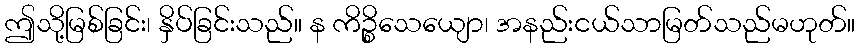
ဤသို့မြစ်ခြင်း၊ နှိပ်ခြင်းသည်။ န ကိဉ္စိသေယျော၊ အနည်းငယ်သာမြတ်သည်မဟုတ်။